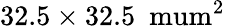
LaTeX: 32.5\times 32.5~\mathrm{{\ mum}^{2}}